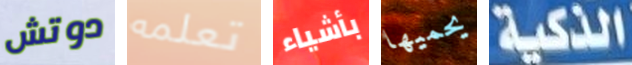
دوتش تعلمه بأشياء يحميها الذكية